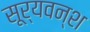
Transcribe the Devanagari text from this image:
सूर्यवन्श